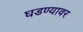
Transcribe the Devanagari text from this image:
घडण्यावर